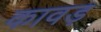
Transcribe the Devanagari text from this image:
कावड़